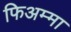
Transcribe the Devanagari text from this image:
फिअम्मा